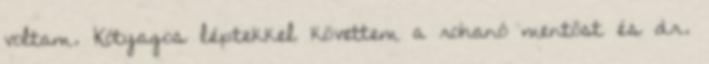
voltam. Kótyagos léptekkel követtem a rohanó mentőst és dr.